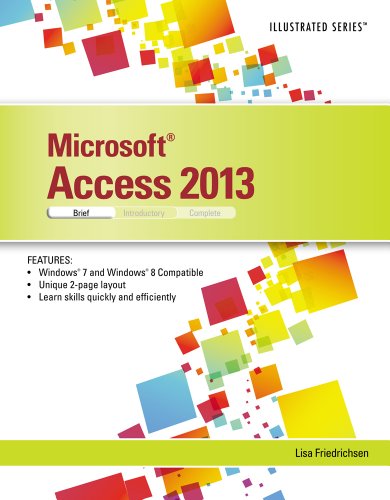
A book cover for Microsoft Access 2013: Illustrated Brief; Lisa Friedrichsen; Computers & Technology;